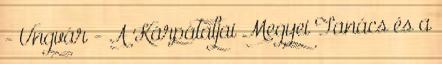
- Ungvár - A Kárpátaljai Megyei Tanács és a